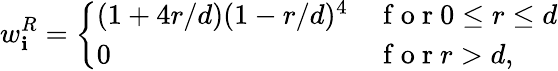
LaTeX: w_{\mathbf{i}}^{R}=\left\{ \begin{array}{ll}{(1+4r/d)(1-r/d)^{4}}&{\mathrm{~f~o~r~}0\le r\le d}\\ {0}&{\mathrm{~f~o~r~}r>d,}\end{array}\right.